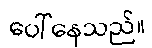
ပေါ်နေသည်။